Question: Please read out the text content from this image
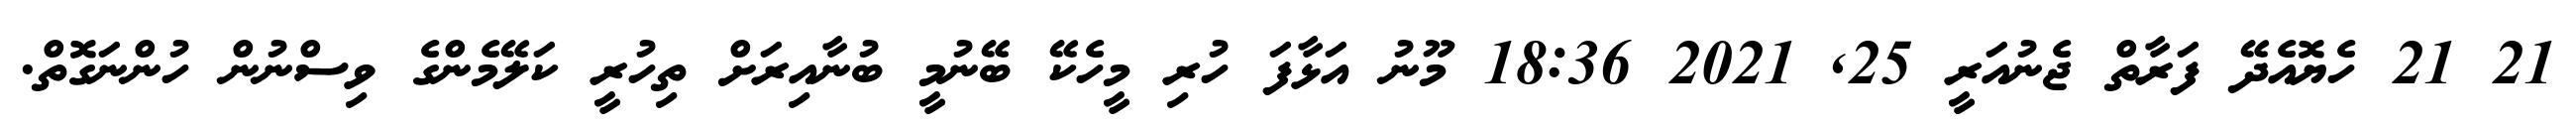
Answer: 21 21 ހެޔޮއެދޭ ފަރާތް ޖެނުއަރީ 25, 2021 18:36 މޫނު އަޅާފަ ހުރި މީހެކޭ ބޭނުމީ ބުނާއިރަށް ތިހުރީ ކަލޭމެންގެ ވިސްނުން ހުންނަގޮތް.